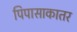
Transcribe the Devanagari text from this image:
पिपासाकातर